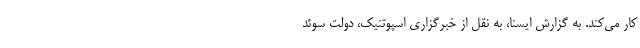
کار می‌کند. به گزارش ایسنا، به نقل از خبرگزاری اسپوتنیک، دولت سوئد